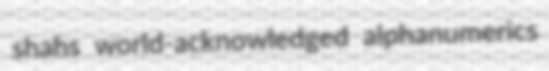
shahs world-acknowledged alphanumerics